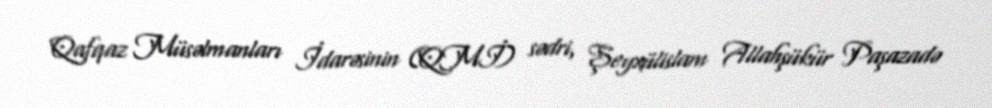
Qafqaz Müsəlmanları İdarəsinin (QMİ) sədri, Şeyxülislam Allahşükür Paşazadə